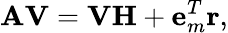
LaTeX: \mathbf{AV}=\mathbf{VH}+\mathbf{e}_{m}^{T}\mathbf{r},